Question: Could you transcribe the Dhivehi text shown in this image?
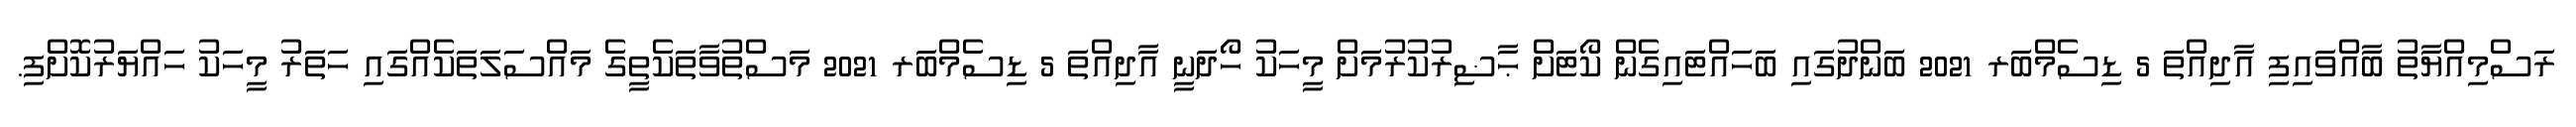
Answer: ރަސްމިއްޔާތު ބާއްވައިފި އާދިއްތަ 5 ޑިސެމްބަރ 2021 ބަންދުގައި ބަހައްޓައިގެން ކޯޓަށް ޙާޟިރުކުރުމަށް މީހަކު ހޯދަނީ އާދިއްތަ 5 ޑިސެމްބަރ 2021 މަސްތުވާތަކެތީގެ މައްސަލަތަކެއްގައި ހަތަރު މީހަކު ހައްޔަރުކޮށްފި.